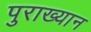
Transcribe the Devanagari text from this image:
पुराख्यान